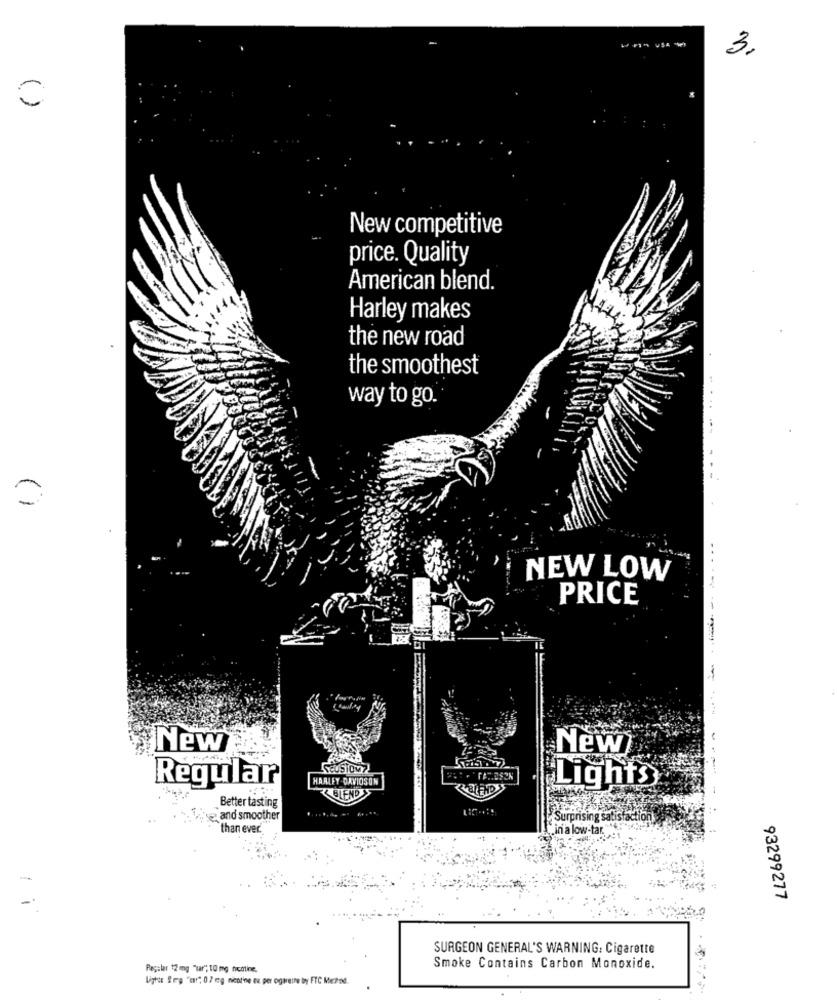
3.
( )
New competitive
price. Quality
American blend.
Harley makes
the new road
the smoothest
way to go.
()
NEW LOW
PRICE
New
New
SeuSlow7
Regular
HARLEY-DAVIDSON
Lights
-------------
BLEND
Better tasting
and smoother
Surprising satis
setion
than ever.
.in a low-tar.
-
-
93299277
SURGEON GENERAL'S WARNING: Cigarette
Regular 12 mg "tar" 10 mg nicotine.
Smoke Contains Carbon Monoxide.
Lights Seg "or", 0,2 mg nicotine te per ogaretne by FTC Mchod.